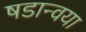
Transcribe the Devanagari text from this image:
षडान्वया